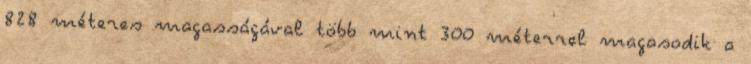
828 méteres magasságával több mint 300 méterrel magasodik a